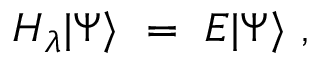
H _ { \lambda } | \Psi \rangle \, \, = \, \, E | \Psi \rangle \, \, ,